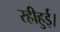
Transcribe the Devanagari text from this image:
रहीहुई।